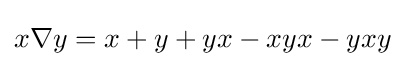
x\nabla y=x+y+yx-xyx-yxy